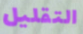
التقليل